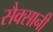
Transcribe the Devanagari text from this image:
सैक्सानी